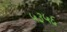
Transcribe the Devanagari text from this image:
५३५६